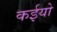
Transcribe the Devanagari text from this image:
कईयो